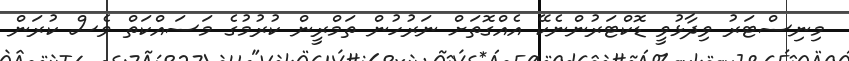
މިނިސްޓަރު ވިދާޅުވީ ޑޮކްޓަރުންނެކޭ އެއްގޮތަށް ނަރުހުން ތަމްރީން ކުރުމުގެ މަސައްކަތް ވެސް ކުރަން